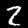
Digit: 2